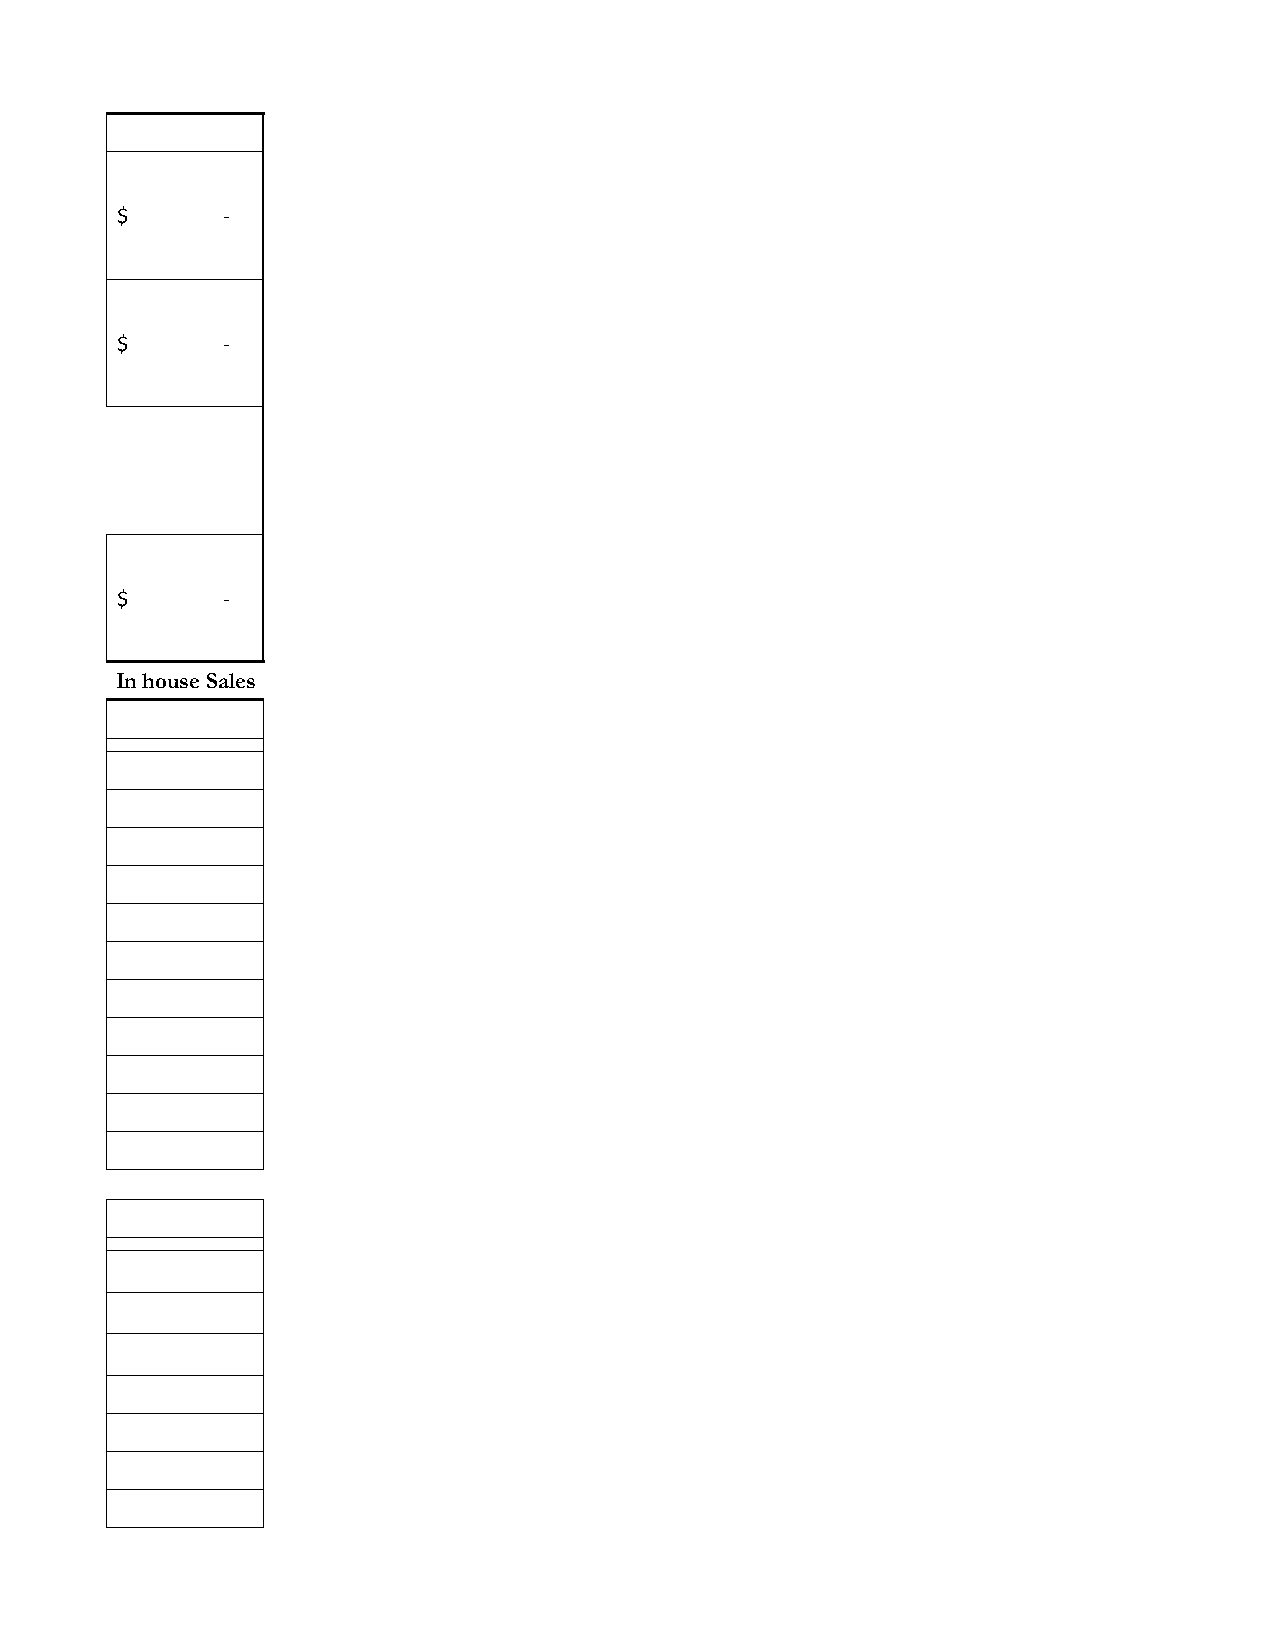
$      -
 $      -
 $      -
 In house Sales